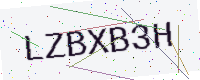
Text: LZBXB3H